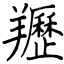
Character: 䍽